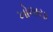
ખોલાયા